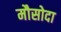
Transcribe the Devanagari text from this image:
मौसोदा